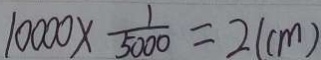
1 0 0 0 0 \times \frac { 1 } { 5 0 0 0 } = 2 ( c m )